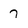
Character: 7